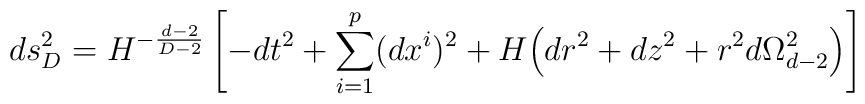
ds_{D}^2 = H^{-\frac{d-2}{D-2}}\left[ - dt^2 + \sum_{i=1}^p (dx^i)^2+ H \Big( dr^2 + dz^2 + r^2 d\Omega_{d-2}^2 \Big) \right]